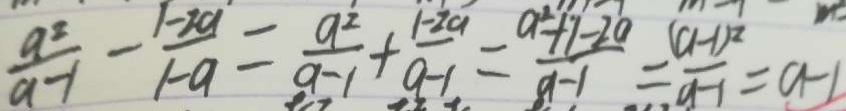
\frac { a ^ { 2 } } { a - 1 } - \frac { 1 - 2 a } { 1 - a } = \frac { a ^ { 2 } } { a - 1 } + \frac { 1 - 2 a } { a - 1 } = \frac { a ^ { 2 } + 1 - 2 a } { a - 1 } = \frac { ( a - 1 ) ^ { 2 } } { a - 1 } = a - 1